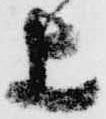
上